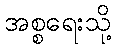
အစ္စရေးသို့